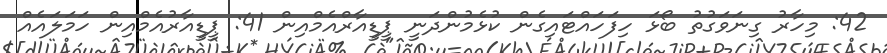
42: މިހާރު ގިނަވަގުތު ބޯޅަ ހިފަހައްޓައިގެން ކުޅެމުންދަނީ ޕީޑީއާރްއެމްއިން 41: ޕީޑީއާރުއެމްއިން ހަމަލައެއް